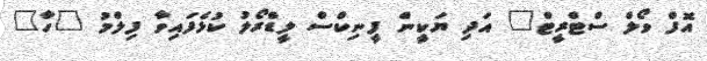
އޮފް ވޯލް ސްޓްރީޓް" އަދި ޔަކީން ފީނިކްސް ލީޑްރޯލު ކުޅެފައިވާ ފިލްމު "ހާ"